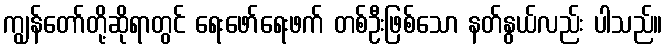
ကျွန်တော်တို့ဆိုရာတွင် ရေးဖော်ရေးဖက် တစ်ဦးဖြစ်သော နတ်နွယ်လည်း ပါသည်။